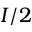
I / 2